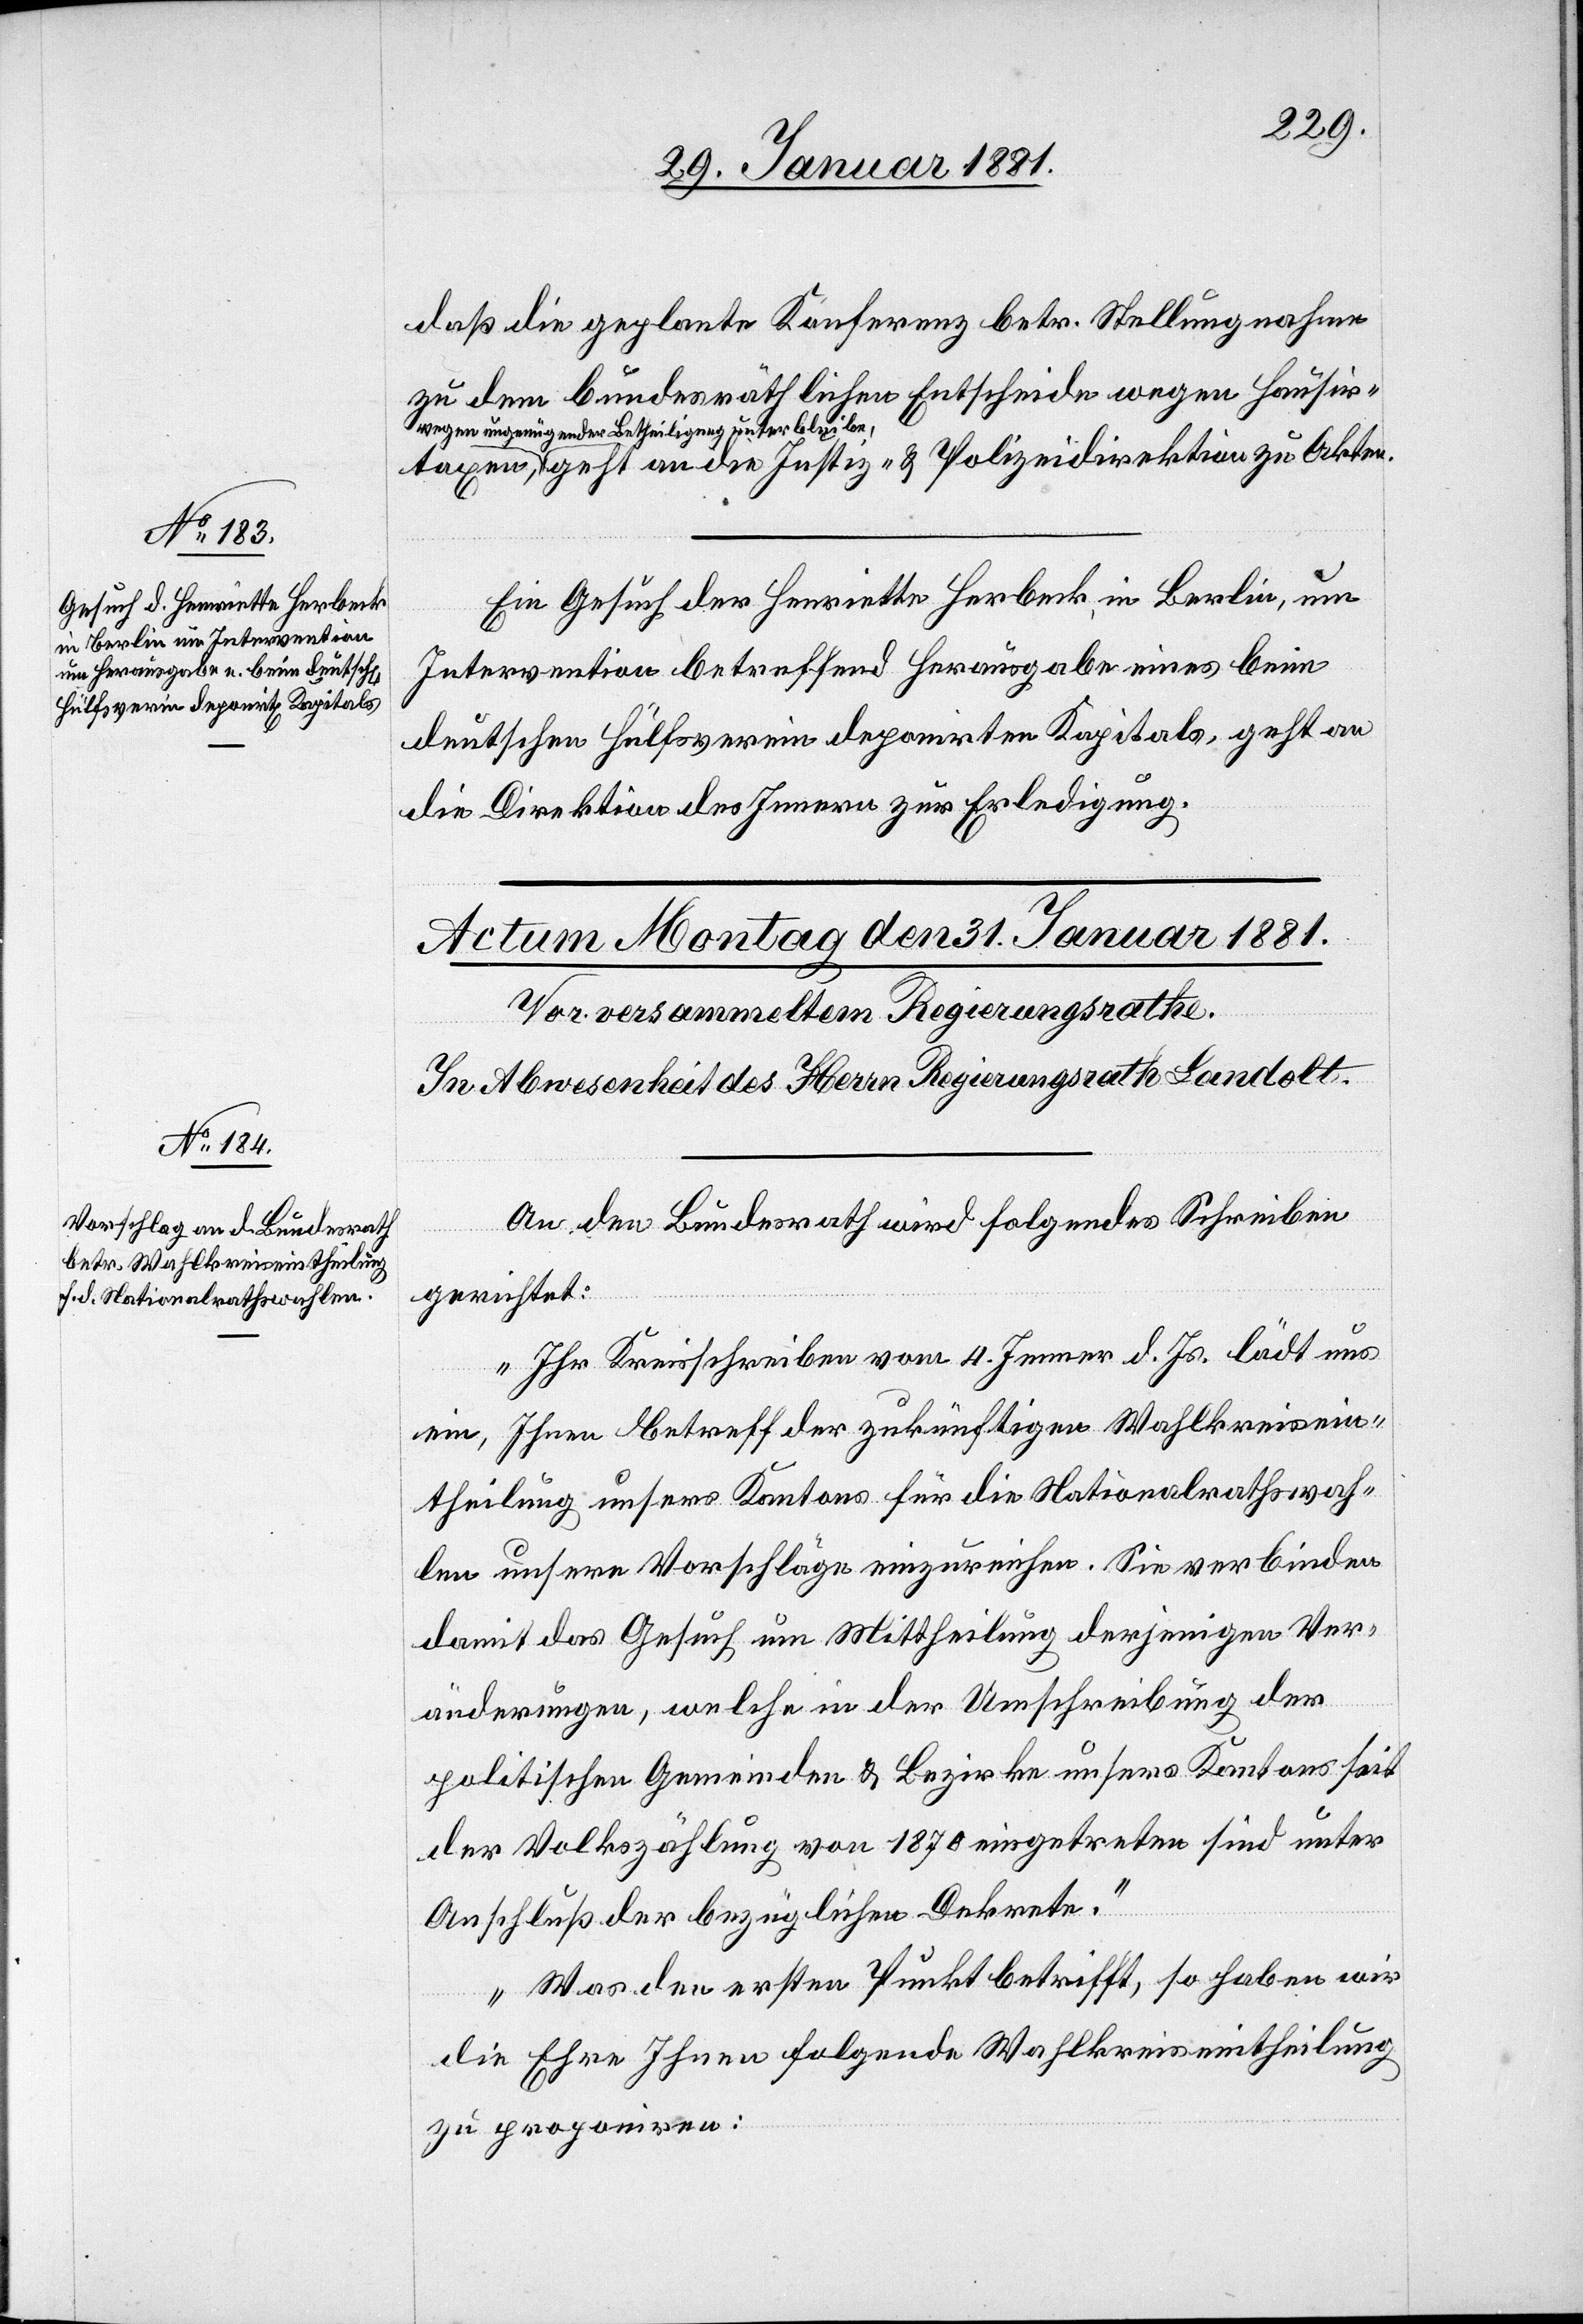
30. Januar 1881.]
daß die geplante Konferenz betr. Stellungnahme
zu dem bundesräthlichen Entscheide wegen Hausir¬
a-wegen ungenügender Betheiligung unterbleibe-a,
geht an die Justiz- & Polizeidirektion zu Akten.
Ein Gesuch der Henriette Herbeck, in Berlin, um
Intervention betreffend Herausgabe eines beim
deutschen Hülfsverein deponirten Kapitals, geht an
die Direktion des Innern zur Erledigung.
en,
An den Bundesrath wird folgendes Schreiben
x¬
gerichtet:
„Ihr Kreisschreiben vom 4. Jenner d. Js. lädt uns
ein, Ihnen betreff der zukünftigen Wahlkreisein¬
theilung unsers Kantons für die Nationalrathswah¬
len unsere Vorschläge einzureichen. Sie verbinden
damit das Gesuch um Mittheilung derjenigen Ver¬
änderungen, welche in der Umschreibung der
politischen Gemeinden & Bezirke unsers Kantons seit
der Volkszählung von 1870 eingetreten sind unter
Anschluß der bezüglichen Dekrete.“
„Was den ersten Punkt betrifft, so haben wir
die Ehre folgende Wahlkreiseintheilung
zu proponiren:[“]